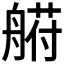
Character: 𰰐